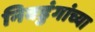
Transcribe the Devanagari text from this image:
निवडुंगांच्या